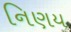
નિણય